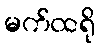
မက်ထရို